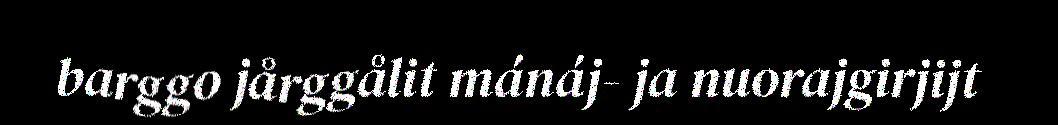
barggo jårggålit mánáj- ja nuorajgirjijt